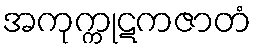
အကုက္ကုဋကဇာတံ